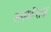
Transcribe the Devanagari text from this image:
अपर्यान्तता